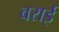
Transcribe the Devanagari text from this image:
वराई